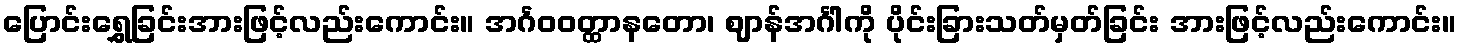
ပြောင်းရွှေခြင်းအားဖြင့်လည်းကောင်း။ အင်္ဂဝဝတ္ထာနတော၊ ဈာန်အင်္ဂါကို ပိုင်းခြားသတ်မှတ်ခြင်း အားဖြင့်လည်းကောင်း။